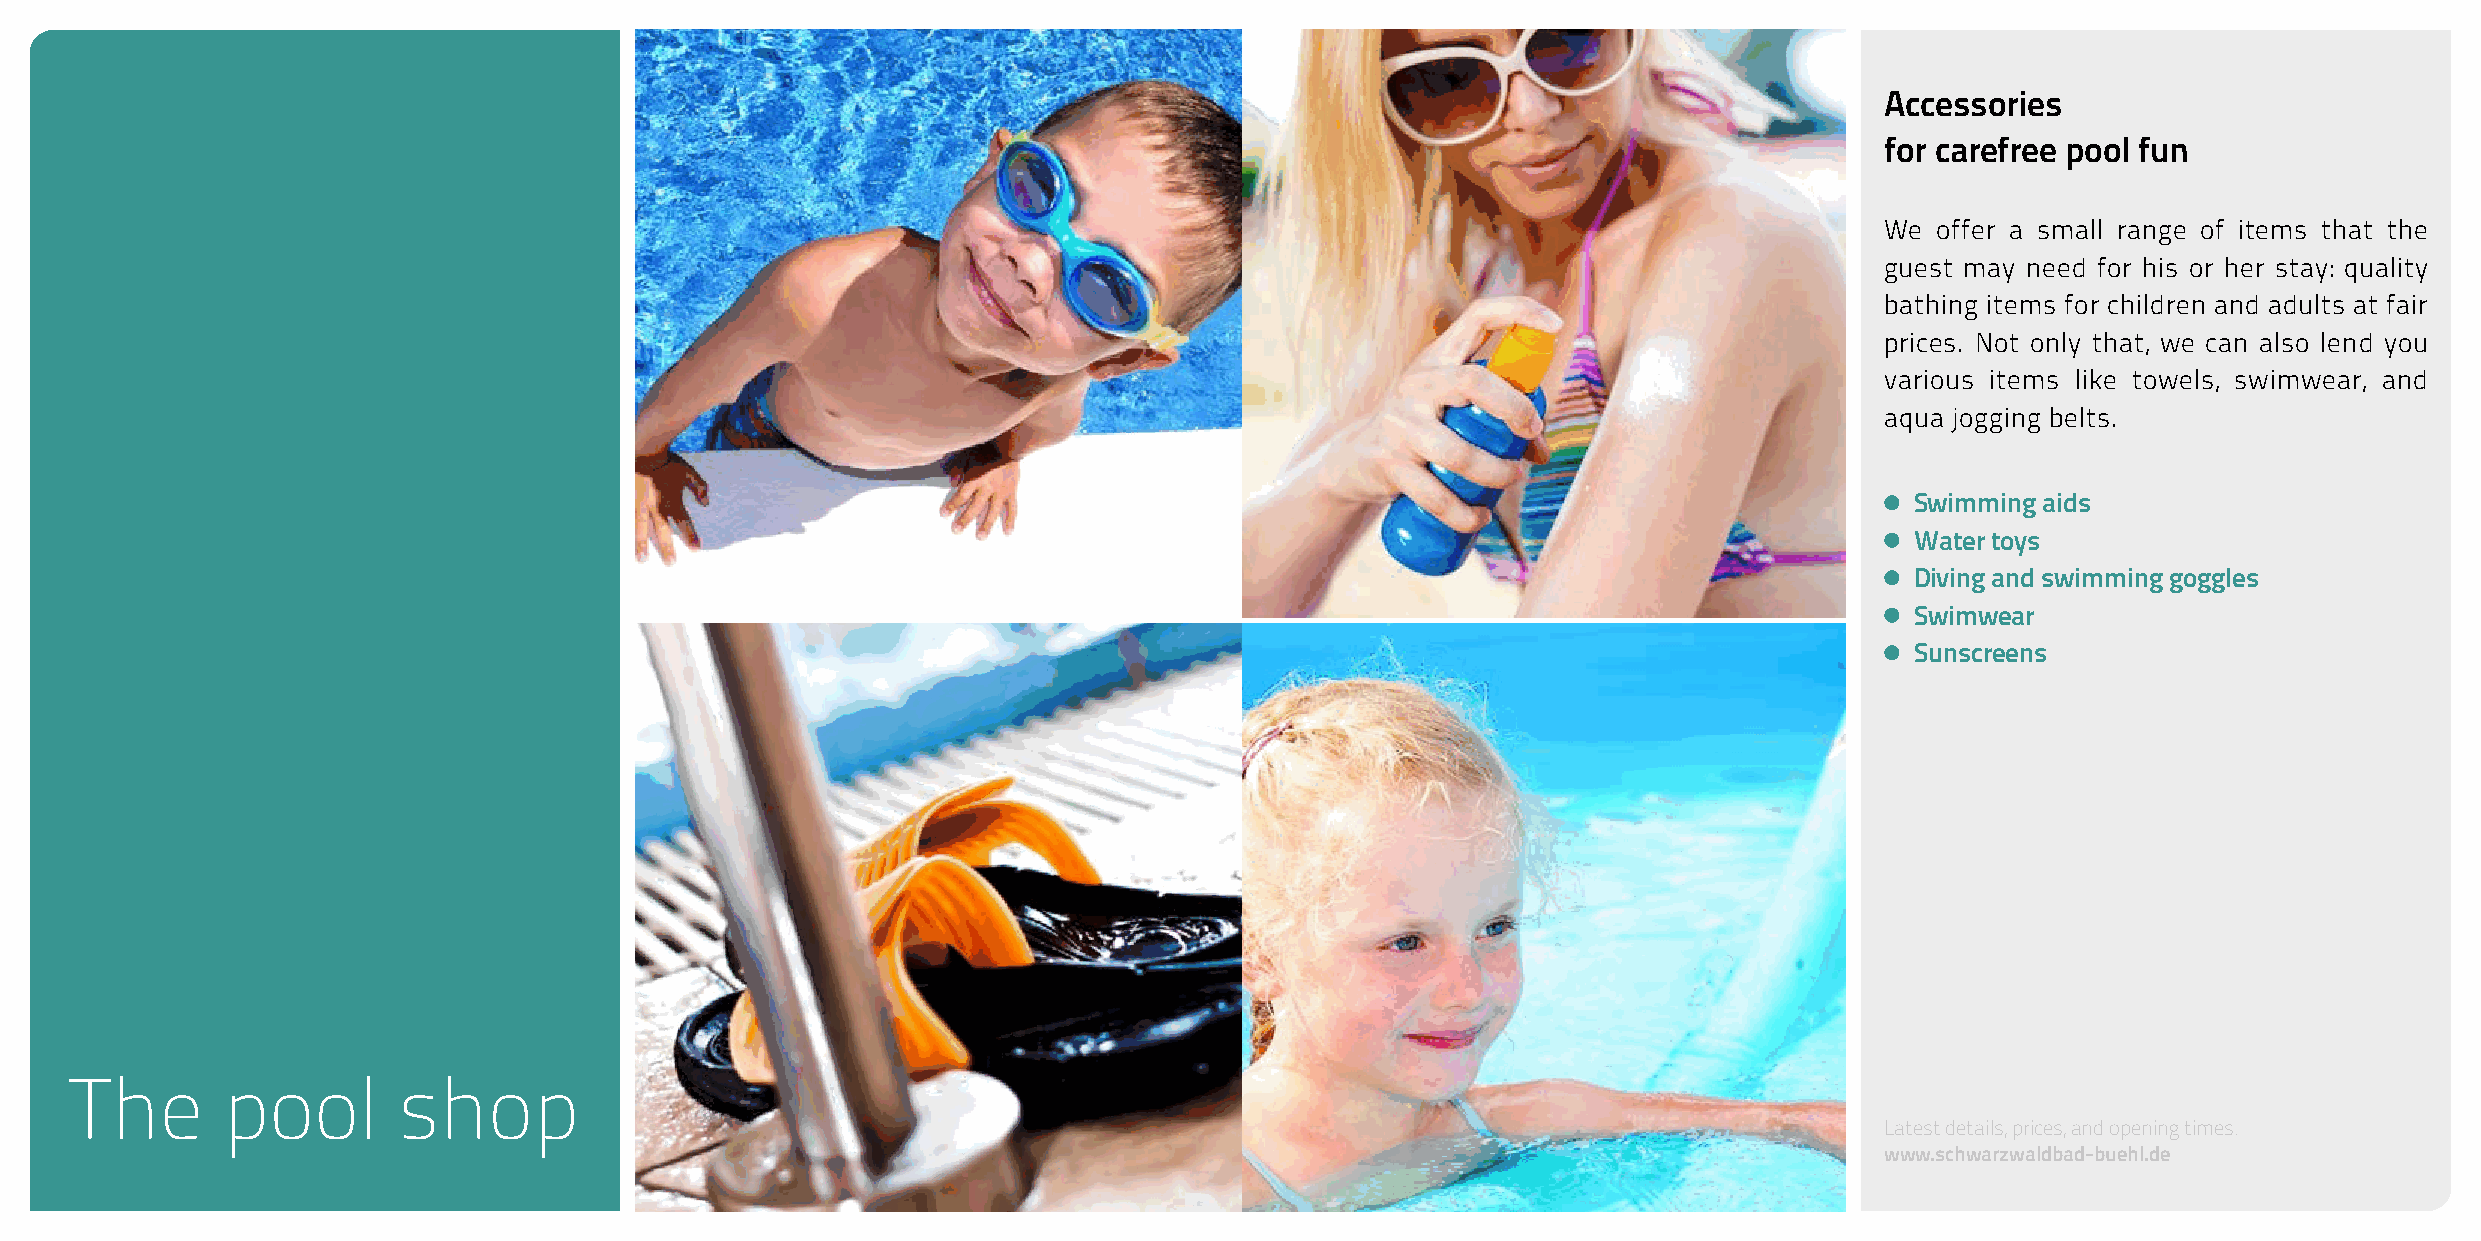
Accessories
 for carefree pool fun
 We offer a small range of items that the
 guest may need for his or her stay: quality
 bathing items for children and adults at fair
 prices. Not only that, we can also lend you
 various items like towels, swimwear, and
 aqua jogging belts.
 Swimming aids
 Water toys
 Diving and swimming goggles
 Swimwear
 Sunscreens
 The       pool       shop
 Latest details, prices, and opening times:
 www.schwarzwaldbad-buehl.de